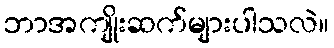
ဘာအကျိုးဆက်များပါသလဲ။